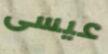
عيسى